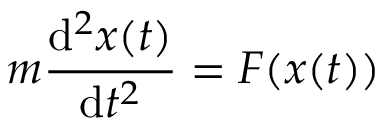
m { \frac { \mathrm { d } ^ { 2 } x ( t ) } { \mathrm { d } t ^ { 2 } } } = F ( x ( t ) )